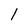
Character: 1